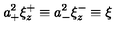
a _ { + } ^ { 2 } \xi _ { z } ^ { + } \equiv a _ { - } ^ { 2 } \xi _ { z } ^ { - } \equiv \xi